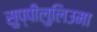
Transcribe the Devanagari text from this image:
सुप्पीलुलिउमा